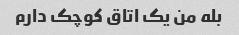
بله من یک اتاق کوچک دارم